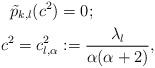
LaTeX: \begin{align*}\tilde{p}_{k,l}(c^2) &= 0; \\c^2=c^2_{l,\alpha} &:= \frac{\lambda_l}{\alpha(\alpha+2)},\end{align*}